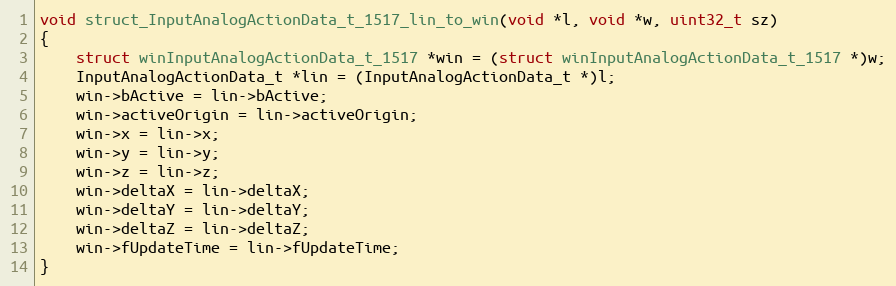
Language: C++
void struct_InputAnalogActionData_t_1517_lin_to_win(void *l, void *w, uint32_t sz)
{
    struct winInputAnalogActionData_t_1517 *win = (struct winInputAnalogActionData_t_1517 *)w;
    InputAnalogActionData_t *lin = (InputAnalogActionData_t *)l;
    win->bActive = lin->bActive;
    win->activeOrigin = lin->activeOrigin;
    win->x = lin->x;
    win->y = lin->y;
    win->z = lin->z;
    win->deltaX = lin->deltaX;
    win->deltaY = lin->deltaY;
    win->deltaZ = lin->deltaZ;
    win->fUpdateTime = lin->fUpdateTime;
}